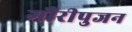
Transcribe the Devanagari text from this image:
गौरीपुजन